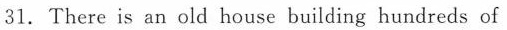
31.There is an old house building hundreds of